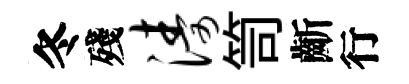
冬殘涛笥齗行